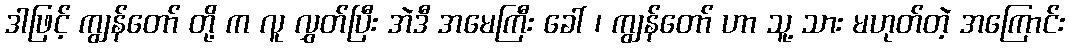
ဒါဖြင့် ကျွန်တော် တို့ က လူ လွှတ်ပြီး အဲဒီ အမေကြီး ခေါ် ၊ ကျွန်တော် ဟာ သူ့ သား မဟုတ်တဲ့ အကြောင်း